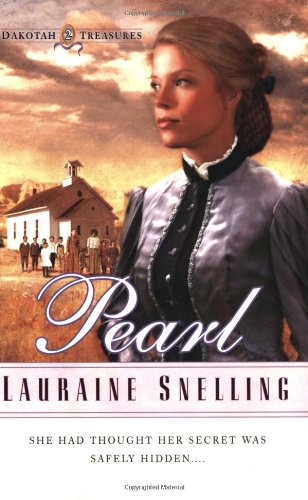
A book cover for Pearl (Dakotah Treasures #2); Lauraine Snelling; Romance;